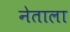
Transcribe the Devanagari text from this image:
नेताला